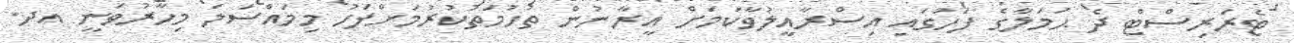
ޓެރަރިސްޓް ދެ ޙަމަލާގެ ފަހުގައި އިސްރާއީލުވާކަމަށް އީރާނުން ތުހުމަތުކުރުމަށްފަހު މިމައްސަލަ މިހާރުވަނީ އދ.